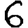
Digit: 6